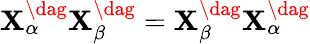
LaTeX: \mathbf{X}_{\alpha}^{\dag}\mathbf{X}_{\beta}^{\dag}=\mathbf{X}_{\beta}^{\dag}\mathbf{X}_{\alpha}^{\dag}